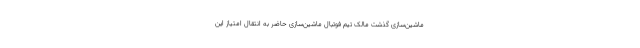
ماشین‌سازی گذشت مالک تیم فوتبال ماشین‌سازی حاضر به انتقال امتیاز این